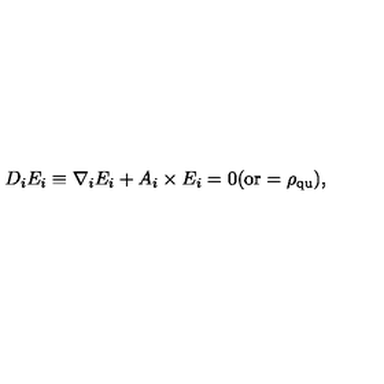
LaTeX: D _ { i } E _ { i } \equiv \nabla _ { i } E _ { i } + A _ { i } \times E _ { i } = 0 \mathrm { ( o r } = \rho _ { \mathrm { q u } } \mathrm { ) } ,